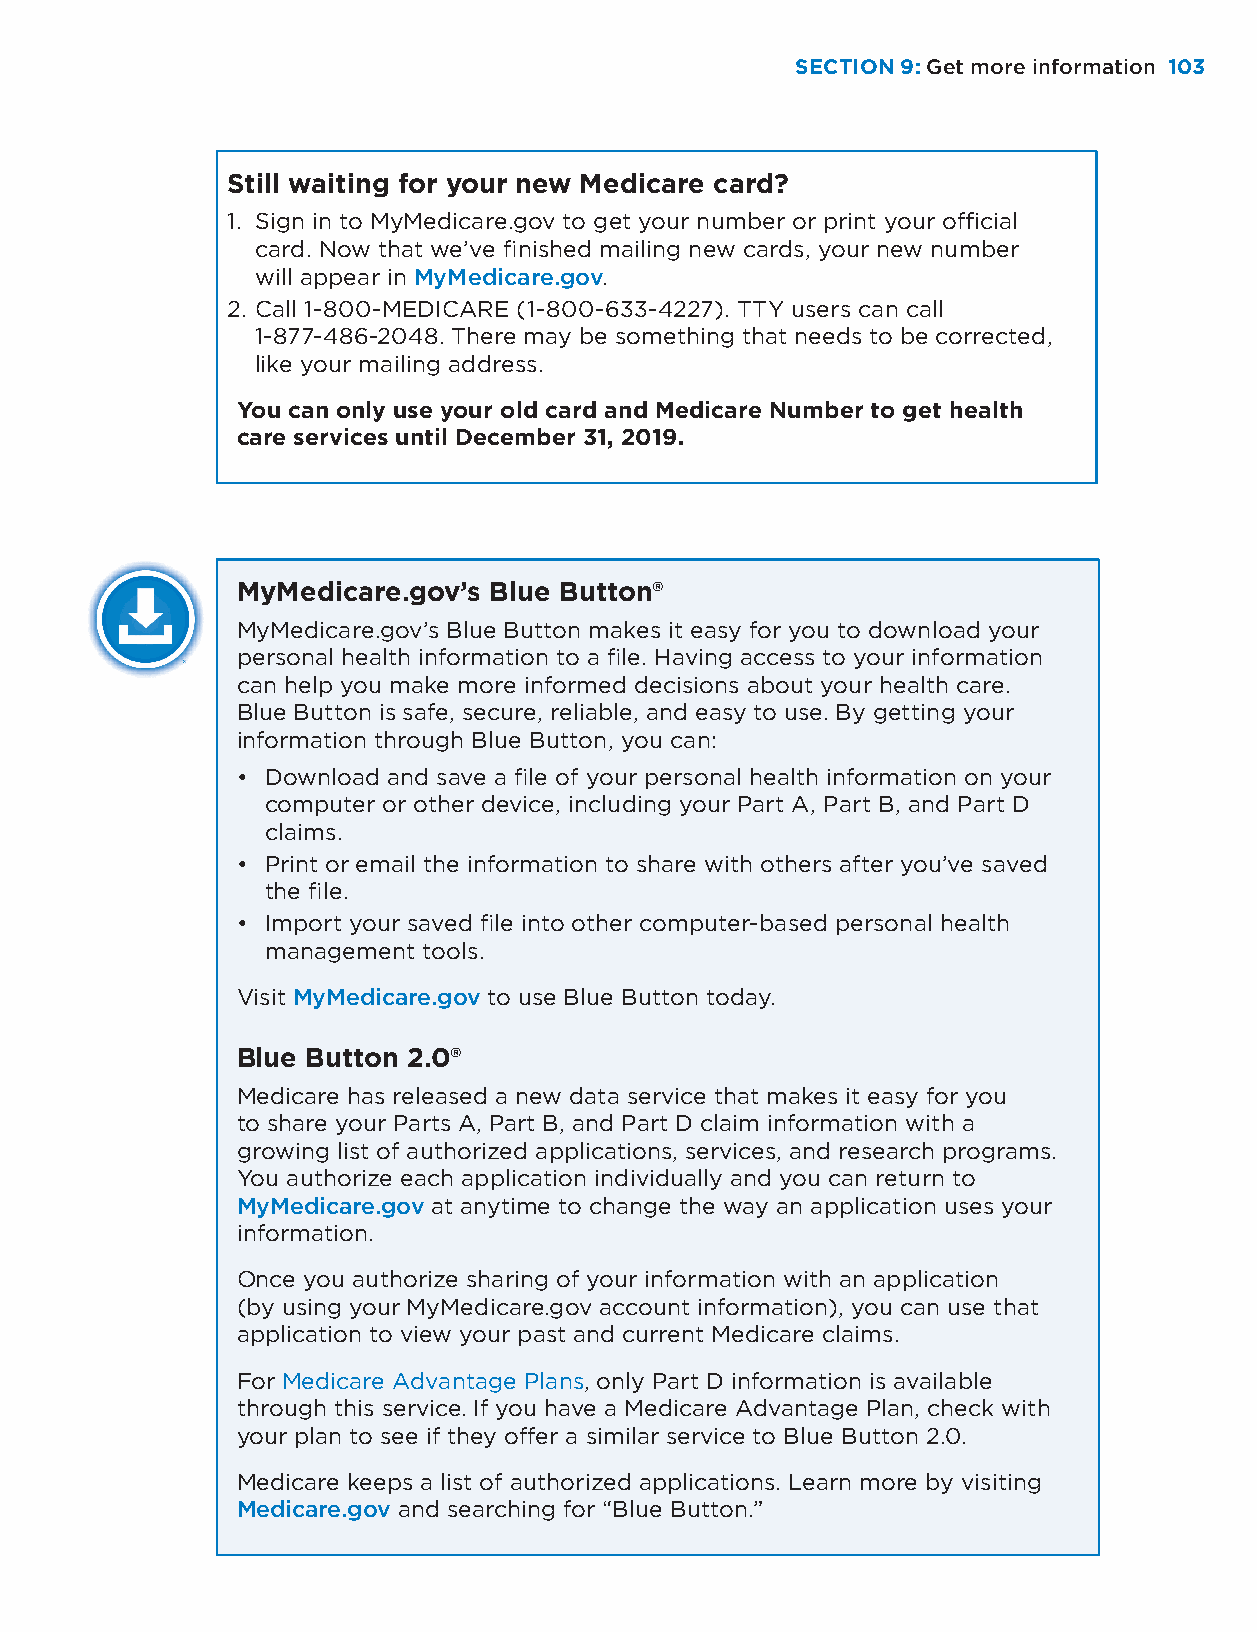
SECTION 9: Get more information 110033
 Still waiting for your new Medicare card?
 1. Sign in to MyMedicare.gov to get your number or print your official
 card. Now that we’ve finished mailing new cards, your new number
 will appear in MyMedicare.gov.
 2. Call 1-800-MEDICARE (1-800-633-4227). TTY users can call
 1-877-486-2048. There may be something that needs to be corrected,
 like your mailing address.
 You can only use your old card and Medicare Number to get health
 care services until December 31, 2019.
 MyMedicare.gov’s Blue Button®
 MyMedicare.gov’s Blue Button makes it easy for you to download your
 personal health information to a file. Having access to your information
 can help you make more informed decisions about your health care.
 Blue Button is safe, secure, reliable, and easy to use. By getting your
 information through Blue Button, you can:
 • Download and save a file of your personal health information on your
 computer or other device, including your Part A, Part B, and Part D
 claims.
 • Print or email the information to share with others after you’ve saved
 the file.
 • Import your saved file into other computer-based personal health
 management tools.
 Visit MyMedicare.gov to use Blue Button today.
 Blue Button 2.0®
 Medicare has released a new data service that makes it easy for you
 to share your Parts A, Part B, and Part D claim information with a
 growing list of authorized applications, services, and research programs.
 You authorize each application individually and you can return to
 MyMedicare.gov at anytime to change the way an application uses your
 information.
 Once you authorize sharing of your information with an application
 (by using your MyMedicare.gov account information), you can use that
 application to view your past and current Medicare claims.
 For Medicare Advantage Plans, only Part D information is available
 through this service. If you have a Medicare Advantage Plan, check with
 your plan to see if they offer a similar service to Blue Button 2.0.
 Medicare keeps a list of authorized applications. Learn more by visiting
 Medicare.gov and searching for “Blue Button.”